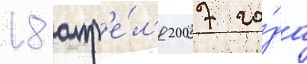
18 апр'е́л'я 2007 го́да